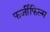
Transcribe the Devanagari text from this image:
फर्जीफिल्म